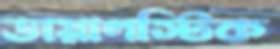
ডায়াগস্টিক